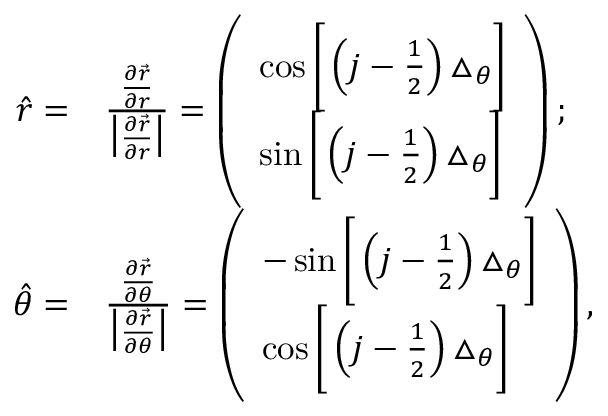
\begin{array} { r l } { \hat { r } = } & { \frac { \frac { \partial \vec { r } } { \partial r } } { \big | \frac { \partial \vec { r } } { \partial r } \big | } = \left( \begin{array} { l } { \cos \bigg [ \left( j - \frac { 1 } { 2 } \right) \triangle _ { \theta } \bigg ] } \\ { \sin \bigg [ \left( j - \frac { 1 } { 2 } \right) \triangle _ { \theta } \bigg ] } \end{array} \right) ; } \\ { \hat { \theta } = } & { \frac { \frac { \partial \vec { r } } { \partial \theta } } { \big | \frac { \partial \vec { r } } { \partial \theta } \big | } = \left( \begin{array} { l } { - \sin \bigg [ \left( j - \frac { 1 } { 2 } \right) \triangle _ { \theta } \bigg ] } \\ { \cos \bigg [ \left( j - \frac { 1 } { 2 } \right) \triangle _ { \theta } \bigg ] } \end{array} \right) , } \end{array}